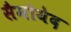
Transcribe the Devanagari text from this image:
सैमोयेद